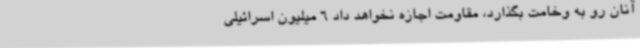
آنان رو به وخامت بگذارد، مقاومت اجازه نخواهد داد 6 میلیون اسرائیلی